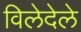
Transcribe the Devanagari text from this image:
विलेदेले